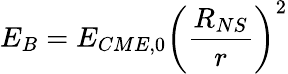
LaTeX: E_{B}=E_{CME,0}\left(\frac{R_{NS}}{r}\right)^{2}